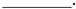
___